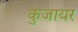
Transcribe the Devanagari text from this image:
कुजायर